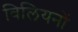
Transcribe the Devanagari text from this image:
बिलियनों